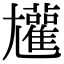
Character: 𡰝